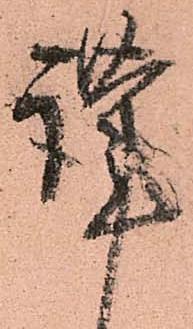
謹